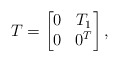
\begin{align*}T=\begin{bmatrix}0 & T_1\\0 & 0^T\end{bmatrix},\end{align*}